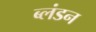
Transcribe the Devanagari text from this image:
ब्लंडन